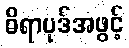
ဓိရာပုဒ်အဖွင့်